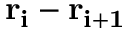
{ \bf r _ { i } } - { \bf r _ { i + 1 } }